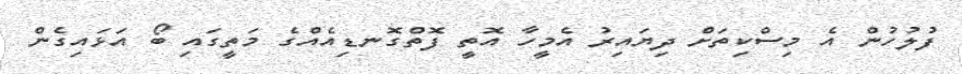
ފުލުހުން އެ މިސްކިތަށް ދިޔައިރު އެމީހާ އޮތީ ފޮތްގޮނޑިއެއްގެ މަތީގައި ބޯ އަޅައިގެން